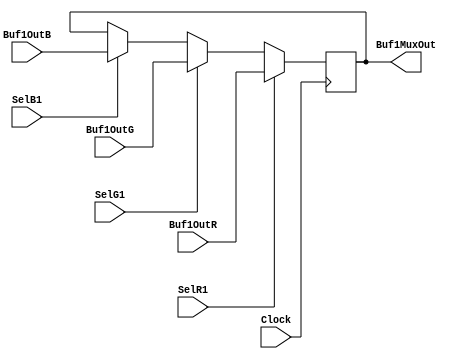
module Buf1Mux(Buf1MuxOut, Buf1OutR, Buf1OutG, Buf1OutB, SelR1, SelG1, SelB1, Clock);
output reg[7:0] Buf1MuxOut;
input[7:0] Buf1OutR, Buf1OutG, Buf1OutB;
input SelR1, SelG1, SelB1, Clock;

always @(posedge Clock)
begin
	if(SelR1==1)
	begin
		Buf1MuxOut <= Buf1OutR;
	end
	else if(SelG1==1)
	begin
		Buf1MuxOut <= Buf1OutG;
	end
	else if(SelB1==1)
	begin
		Buf1MuxOut <= Buf1OutB;
	end
end
endmodule